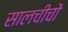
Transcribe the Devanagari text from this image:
सालचीचों